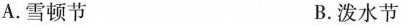
A.雪顿节 B.泼水节